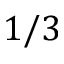
1 / 3